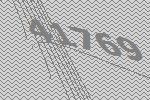
41769